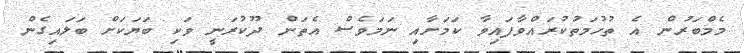
މެމްބަރުން އެ ތުހުމަތުކުރައްވާފައިވާ ކަމަށާއި ނަމަވެސް އެތަން ދޫކުރަނީ ވަކި ބަޔަކަށް ބަލައިގެން